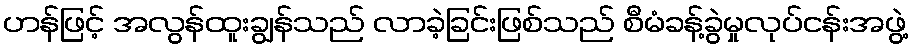
ဟန်ဖြင့် အလွန်ထူးချွန်သည် လာခဲ့ခြင်းဖြစ်သည် စီမံခန့်ခွဲမှုလုပ်ငန်းအဖွဲ့